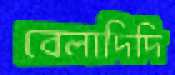
বেলাদিদি